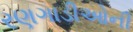
રણગાડીઓની